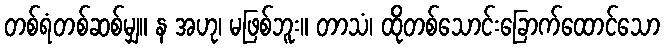
တစ်ရံတစ်ဆစ်မျှ။ န အဟု၊ မဖြစ်ဘူး။ တာသံ၊ ထိုတစ်သောင်းခြောက်ထောင်သော